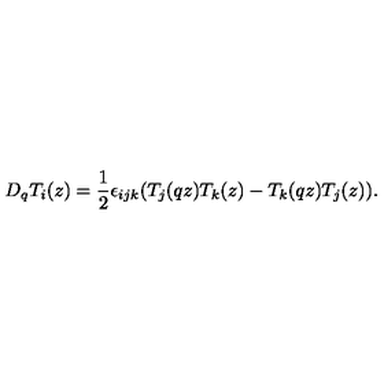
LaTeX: D _ { q } T _ { i } ( z ) = \frac { 1 } { 2 } \epsilon _ { i j k } ( T _ { j } ( q z ) T _ { k } ( z ) - T _ { k } ( q z ) T _ { j } ( z ) ) .